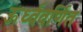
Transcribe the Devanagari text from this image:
ऊर्ध्ववर्णित